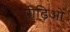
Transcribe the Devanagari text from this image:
पीढ़िओं